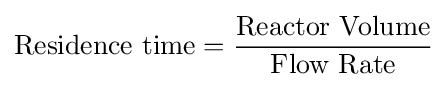
{\text{Residence time}}={\frac {\text{Reactor Volume}}{\text{Flow Rate}}}